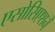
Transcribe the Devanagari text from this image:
एसोसिएशनें